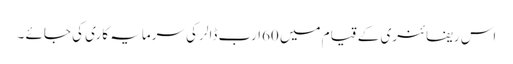
اس ریفائنری کے قیام میں 60ارب ڈالر کی سرمایہ کاری کی جائے ۔